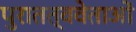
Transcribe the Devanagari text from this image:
पुरातत्ववेताओं